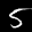
Label: 5